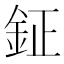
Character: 鉦